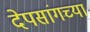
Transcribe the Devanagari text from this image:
देपसांगच्या